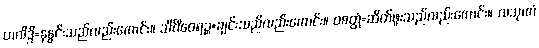
ဟလိဒ္ဒိ=နနွင်းသည်လည်းကောင်း။ သိင်္ဂီဝေရဉ္စ=ချင်းသည်လည်းကောင်း။ ဝစတ္တံ=ဆိတ်ဖူးသည်လည်းကောင်း။ လသုဏံ